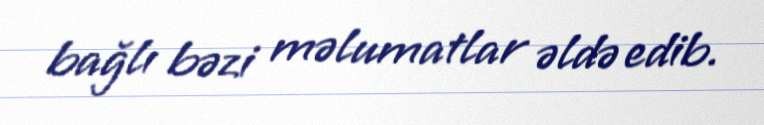
bağlı bəzi məlumatlar əldə edib.